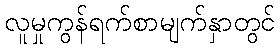
လူမှုကွန်ရက်စာမျက်နှာတွင်